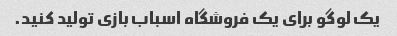
یک لوگو برای یک فروشگاه اسباب بازی تولید کنید.